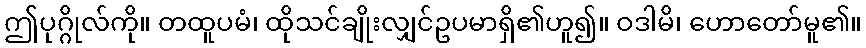
ဤပုဂ္ဂိုလ်ကို။ တထူပမံ၊ ထိုသင်ချိုးလျှင်ဥပမာရှိ၏ဟူ၍။ ဝဒါမိ၊ ဟောတော်မူ၏။